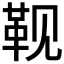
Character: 𮸮